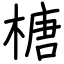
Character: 榶